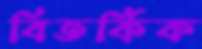
বিতর্কিক